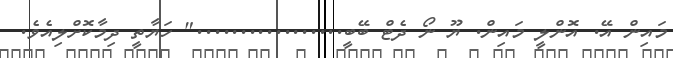
މައިން އޭ. އޮންލީ މައިން. ޔޫ ނޯ ދެޓް ބޭބީ................." ހަޔާތީ ދިމާކޮށްލިއެވެ.